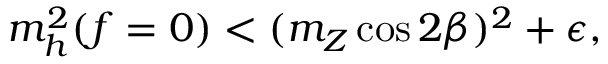
m _ { h } ^ { 2 } ( f = 0 ) < ( m _ { Z } \cos 2 \beta ) ^ { 2 } + \epsilon ,